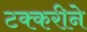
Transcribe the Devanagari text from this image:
टक्करीने